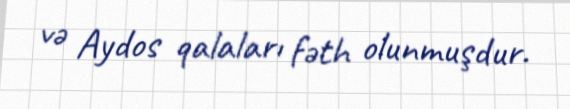
və Aydos qalaları fəth olunmuşdur.